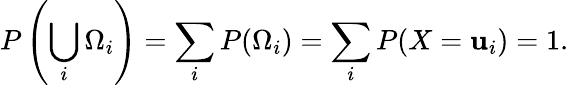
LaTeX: P\left(\bigcup_{i}\Omega_{i}\right)=\sum_{i}P(\Omega_{i})=\sum_{i}P(X=\mathbf{u}_{i})=1.